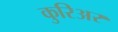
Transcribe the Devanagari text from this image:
कुरिअर